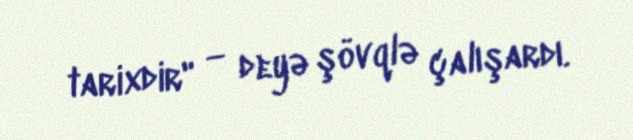
tarixdir" — deyə şövqlə çalışardı.